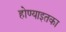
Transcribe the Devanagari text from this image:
होण्याइतका